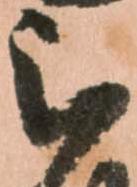
被